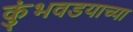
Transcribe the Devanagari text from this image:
कुंभवडयाच्या